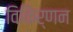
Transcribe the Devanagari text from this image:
विकिर्णन